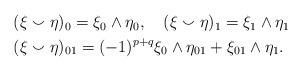
LaTeX: \begin{align*}\begin{aligned}&(\xi\smallsmile\eta)_0=\xi_0\wedge\eta_0,\quad(\xi\smallsmile\eta)_1=\xi_1\wedge\eta_1\quad\\&(\xi\smallsmile\eta)_{01}=(-1)^{p+q}\xi_0\wedge\eta_{01}+\xi_{01}\wedge\eta_1.\end{aligned}\end{align*}